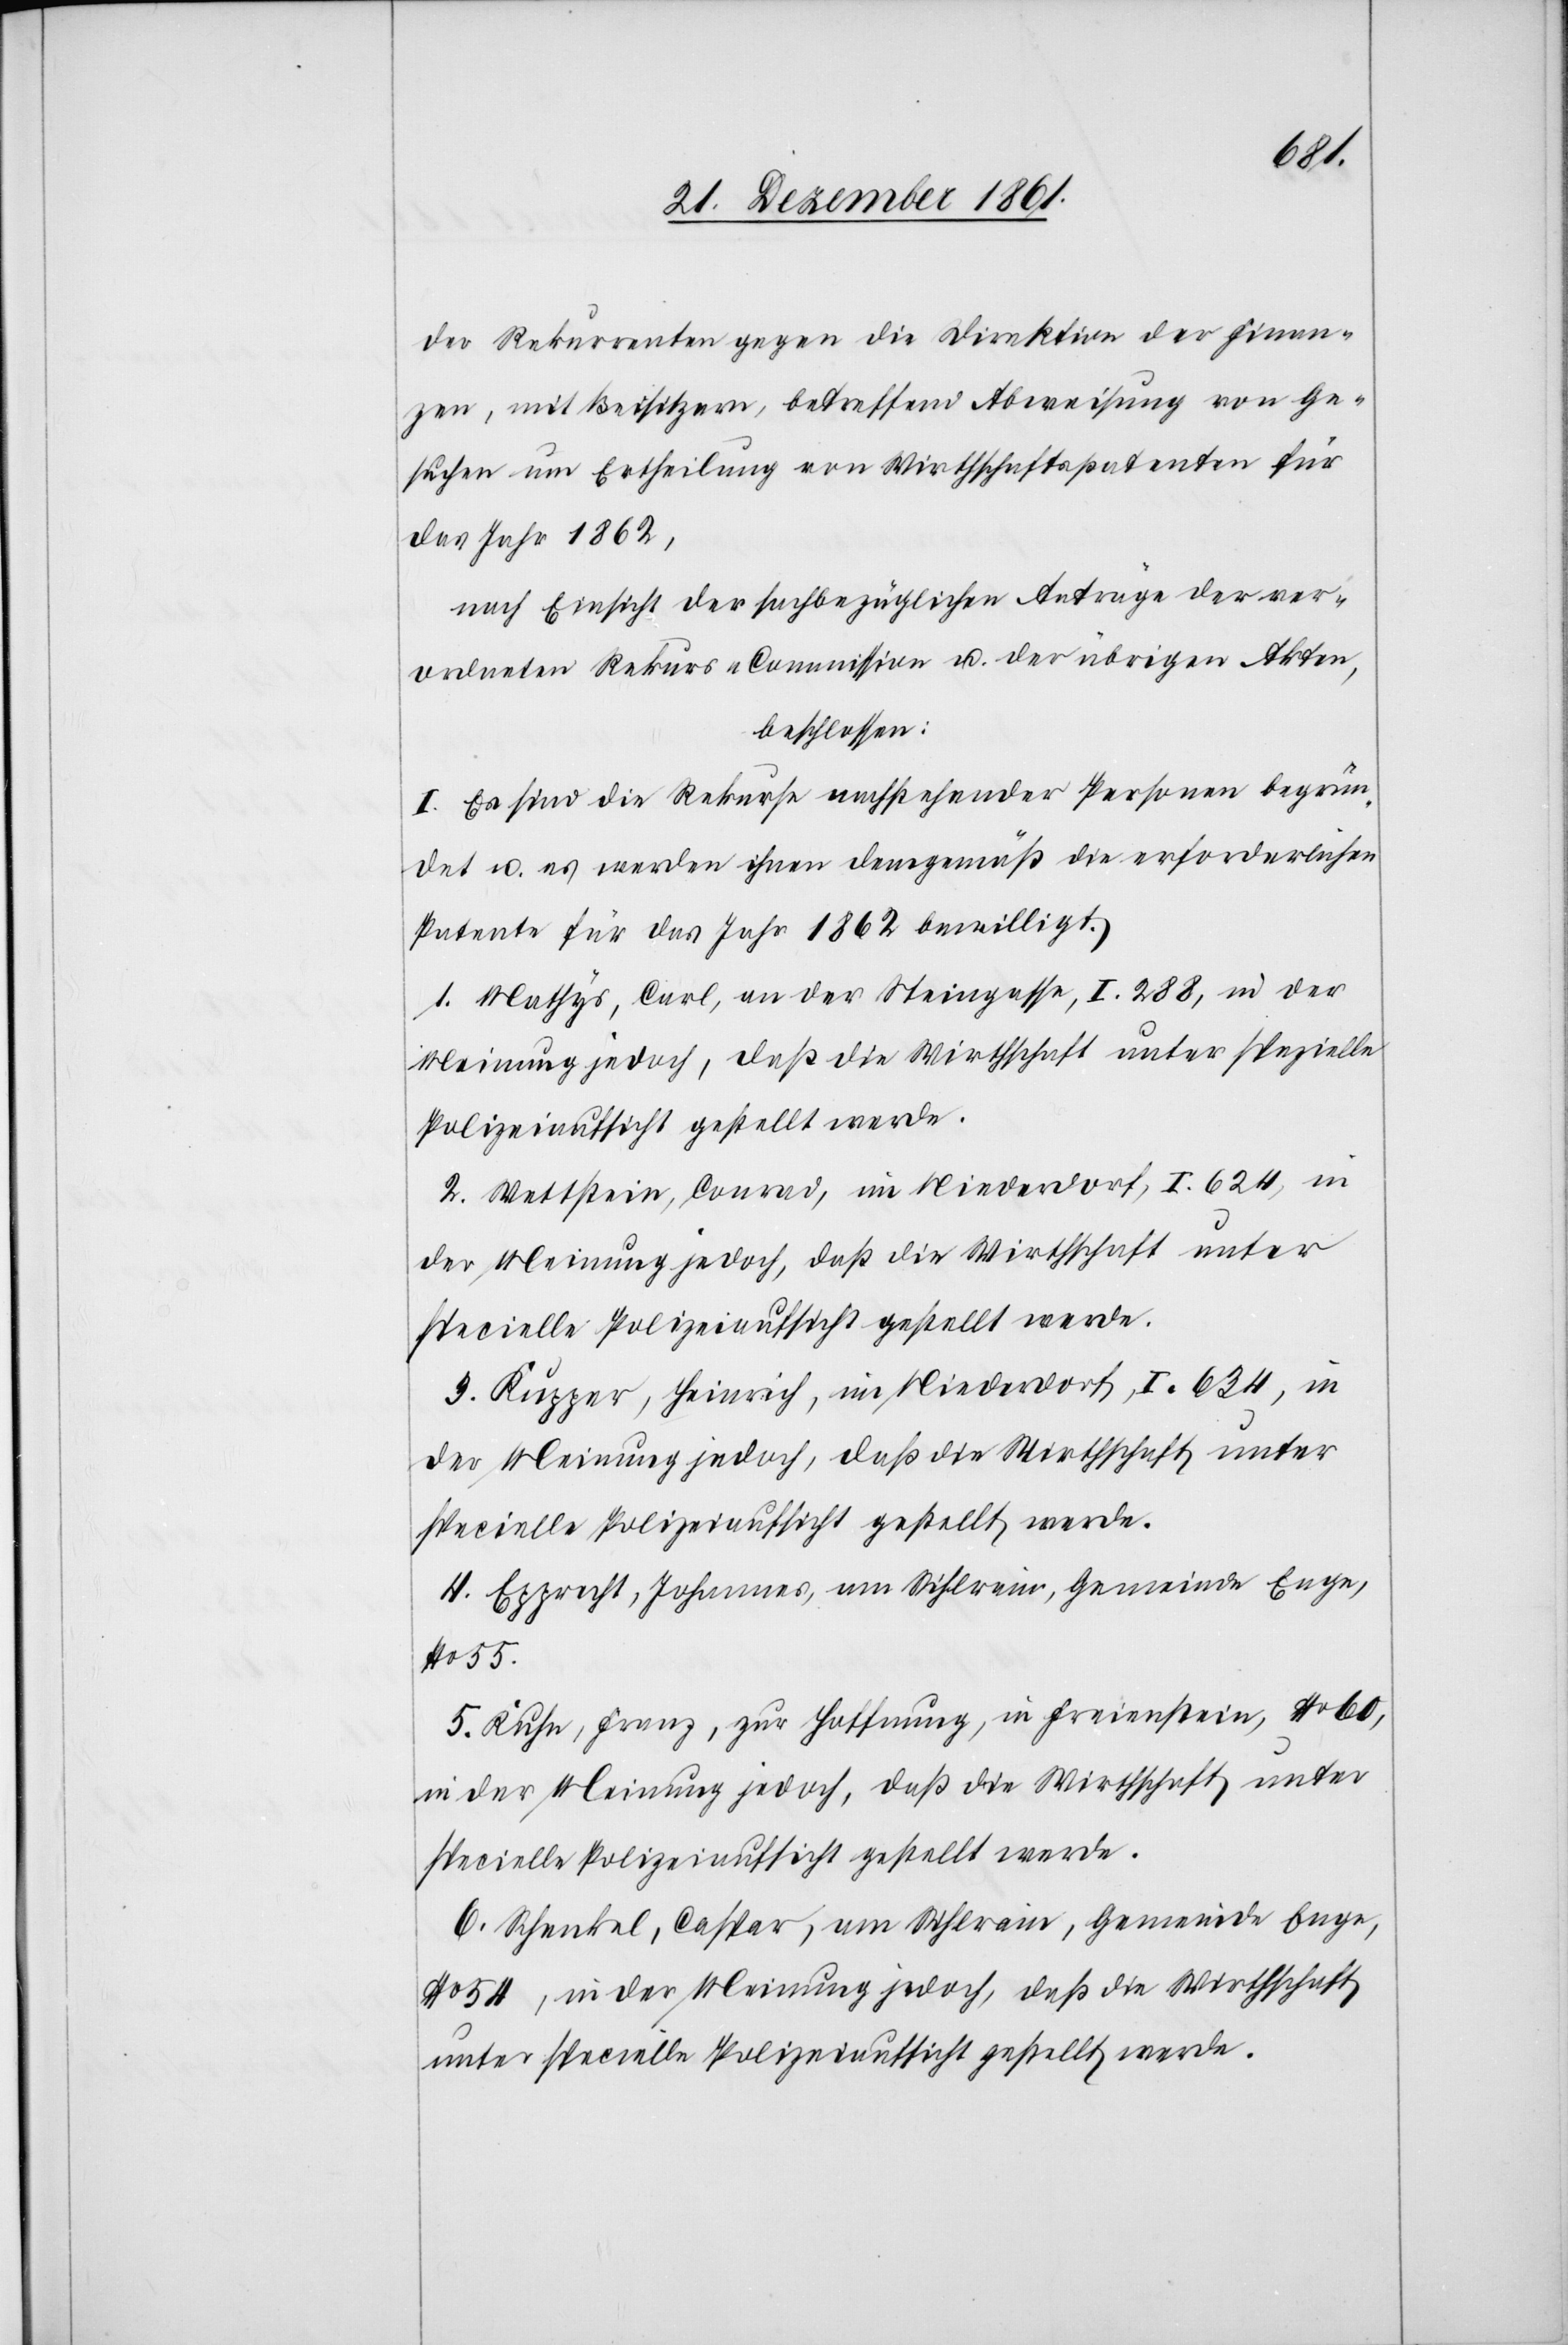
der Rekurrenten gegen die Direktion der Finan¬
zen, mit Beisitzern, betreffend Abweisung von Ge¬
suchen um Ertheilung von Wirthschaftspatenten für
das Jahr 1862,
nach Einsicht der sachbezüglichen Anträge der ver¬
ordneten Rekurs-Commission u. der übrigen Akten,
beschlossen:
I. Es sind die Rekurse nachstehender Personen begrün¬
det u. es werden ihnen demgemäß die erforderlichen
Patente für das Jahr 1862 bewilligt.
1. Mathys, Carl, an der Steingasse, I. 288, in der
Meinung jedoch, daß die Wirthschaft unter spezielle
Polizeiaufsicht gestellt werde.
2. Wettstein, Conrad, im Niederdorf, I. 624, in
3. Kupper, Heinrich, im Niederdorf, I. 634, in
der Meinung jedoch, daß die Wirthschaft unter
specielle Polizeiaufsicht gestellt werde.
4. Epprecht, Johannes, am Sihlrain, Gemeinde Enge,
No 55.
5. Kuhn, Franz, zur Hoffnung, in Freienstein, No 60,
in der Meinung jedoch, daß die Wirthschaft unter
specielle Polizeiaufsicht gestellt werde.
6. Schenkel, Caspar, am Sihlrain, Gemeinde Enge,
No 54, in der Meinung jedoch, daß die Wirthschaft
unter specielle Polizeiaufsicht gestellt werde.